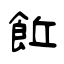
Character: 𩚨